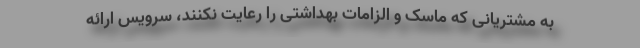
به مشتریانی که ماسک و الزامات بهداشتی را رعایت نکنند، سرویس ارائه